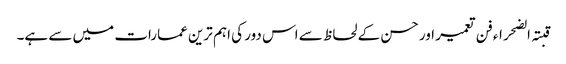
قبتہ الضحراء فن تعمیر اور حسن کے لحاظ سے اس دور کی اہم ترین عمارات میں سے ہے۔